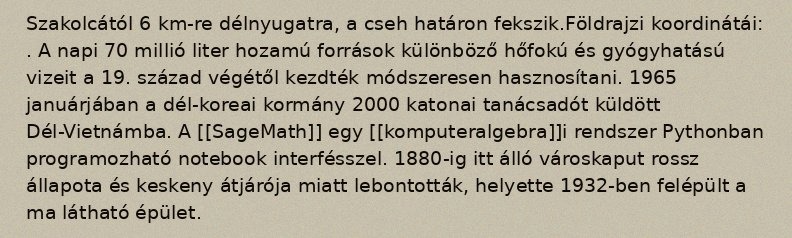
Szakolcától 6 km-re délnyugatra, a cseh határon fekszik.Földrajzi koordinátái: . A napi 70 millió liter hozamú források különböző hőfokú és gyógyhatású vizeit a 19. század végétől kezdték módszeresen hasznosítani. 1965 januárjában a dél-koreai kormány 2000 katonai tanácsadót küldött Dél-Vietnámba. A [[SageMath]] egy [[komputeralgebra]]i rendszer Pythonban programozható notebook interfésszel. 1880-ig itt álló városkaput rossz állapota és keskeny átjárója miatt lebontották, helyette 1932-ben felépült a ma látható épület.